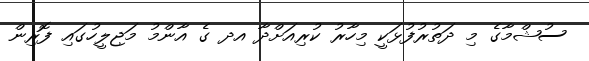
ސުޝްމާގެ މި ދަތުރުފުޅަކީ މިހާރު ކުރިއަށްދާ އދ ގެ އާންމު މަޖިލީހުގައި ފޮރިން